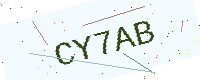
Text: CY7AB